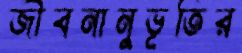
জীবনানুভূতির